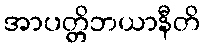
အာပတ္တိဘယာနီတိ